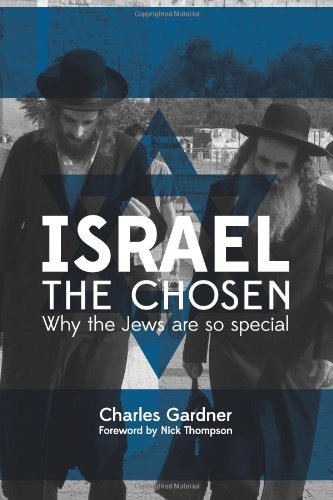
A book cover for Israel the Chosen: Why the Jews are special; Mr Charles Gardner; Christian Books & Bibles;